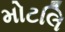
મોટલિ